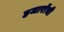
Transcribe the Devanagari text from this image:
हजारोंची